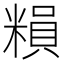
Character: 𥻱